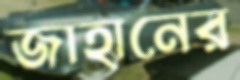
জাহানের